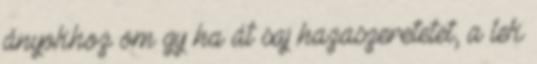
ányokhoz om gy ha át saj hazaszeretetet, a lek